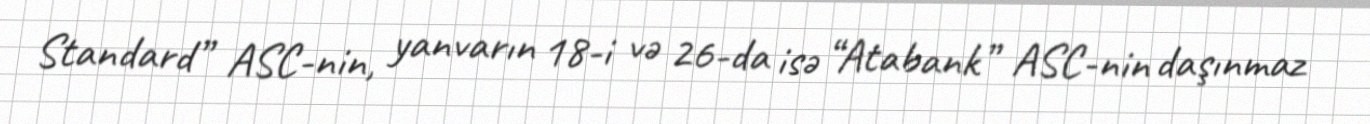
Standard” ASC-nin, yanvarın 18-i və 26-da isə “Atabank” ASC-nin daşınmaz